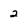
Character: 2